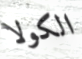
الكولا